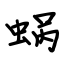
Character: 蜗